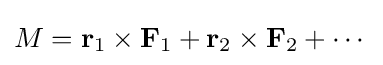
M=\mathbf {r} _{1}\times \mathbf {F} _{1}+\mathbf {r} _{2}\times \mathbf {F} _{2}+\cdots